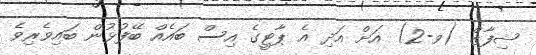
ޝިފާޒް (ވ-2) އަށް އަދި އެ ޕާޓީގެ އިސް ބައެއް ބޭފުޅުން ބައިވެރިވެ